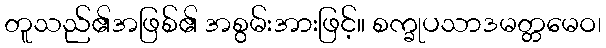
တူသည်၏အဖြစ်၏ အစွမ်းအားဖြင့်။ စက္ခုပသာဒမတ္တမေဝ၊